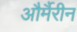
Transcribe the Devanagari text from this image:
और्मैरीन